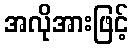
အလိုအားဖြင့်